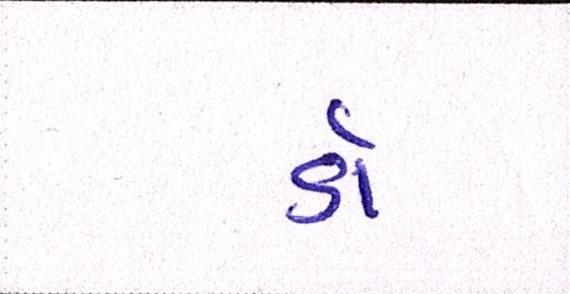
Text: ડૉ